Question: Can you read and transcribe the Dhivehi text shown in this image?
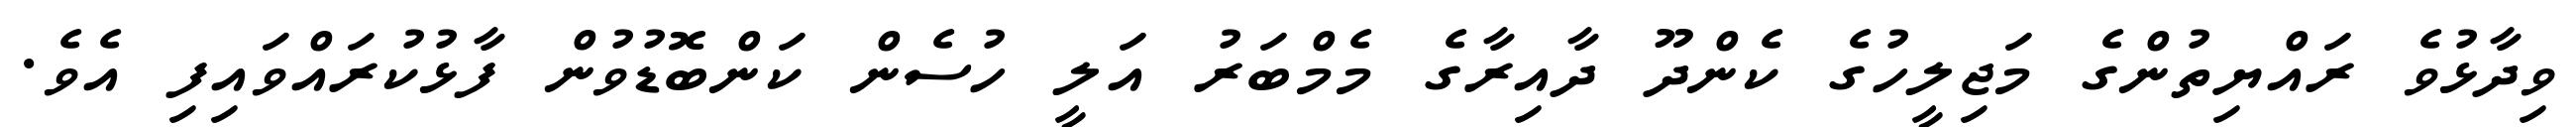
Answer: ވިދާޅުވެ ރައްޔިތުންގެ މަޖިލީހުގެ ކެންދޫ ދާއިރާގެ މެމްބަރު އަލީ ހުސެން ކަންބޮޑުވުން ފާޅުކުރައްވައިފި އެވެ.